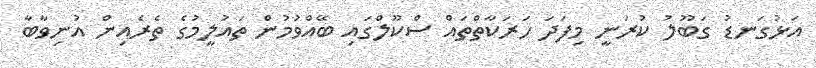
އަޅުގަނޑު ގަބޫލު ކުރަނީ މިފަދަ ހަރަކާތްތައް ސްކޫލްގައި ބޭއްވުމުން ތައުލީމުގެ ތެރެއިން އުނިވާބާ